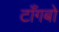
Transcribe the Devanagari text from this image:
टाँगबो